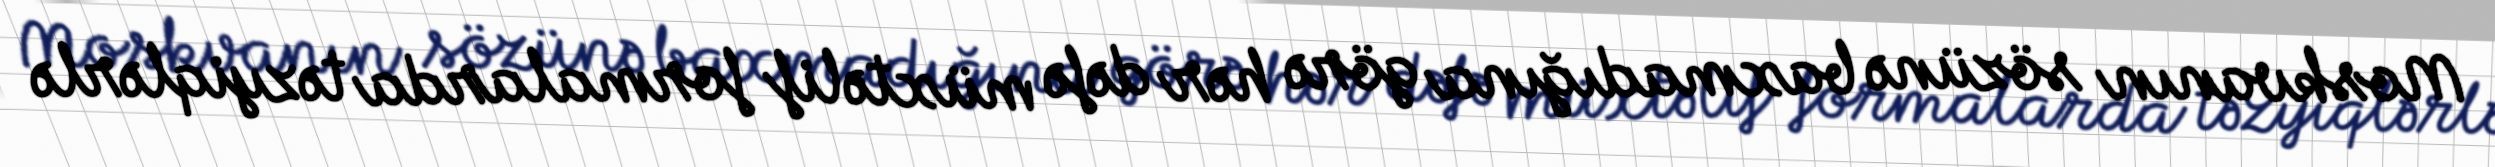
Moskvanın sözünə baxmadığına görə hər dəfə müxtəlif formalarda təzyiqlərlə